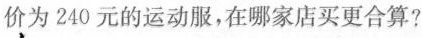
价为240元的运动服，在哪家店买更合算?